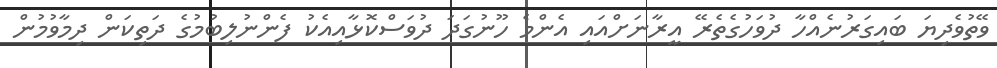
ވޭތުވެދިޔަ ބައިގަރުނެއްހާ ދުވަހުގެތެރޭ އީރާނަށްއައި އެންމެ ހޫނުގަދަ ދުވަސްކޮޅާއިއެކު ފެންނުލިބުމުގެ ދަތިކަން ދިމާވުމުން